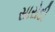
સારોદી